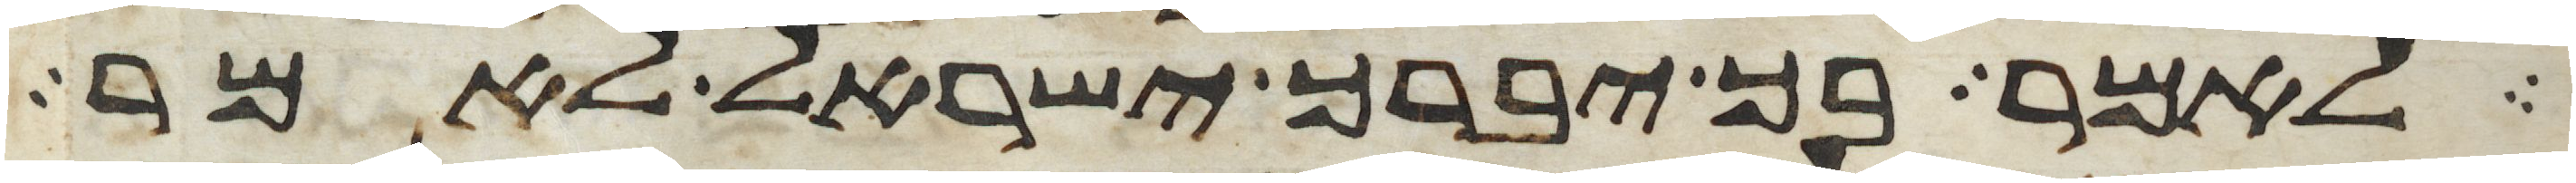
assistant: לאמר בך יברך ישראל לאמר